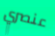
عنصري